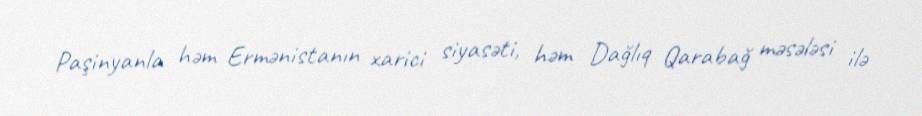
Paşinyanla həm Ermənistanın xarici siyasəti, həm Dağlıq Qarabağ məsələsi ilə